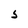
Character: S